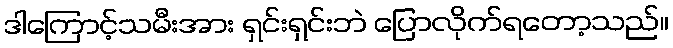
ဒါကြောင့်သမီးအား ရှင်းရှင်းဘဲ ပြောလိုက်ရတော့သည်။